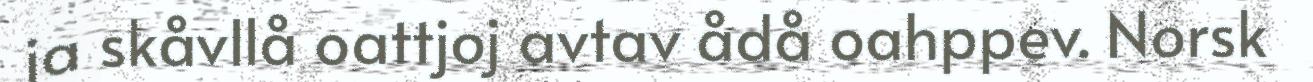
ja skåvllå oattjoj avtav ådå oahppev. Norsk